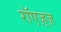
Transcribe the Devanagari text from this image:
रॉएज़्ज़